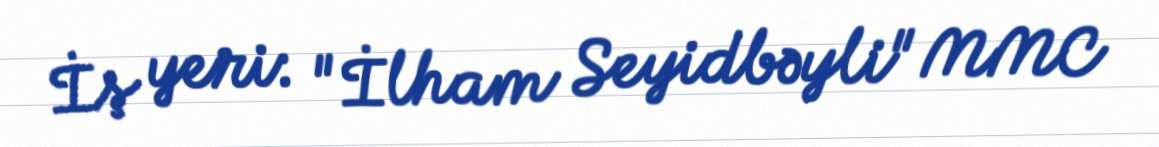
İş yeri: "İlham Seyidbəyli" MMC